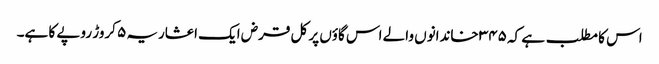
اس کا مطلب ہے کہ ۳۴۵ خاندانوں والے اس گاؤں پر کل قرض ایک اعشاریہ ۵ کروڑ روپے کا ہے۔